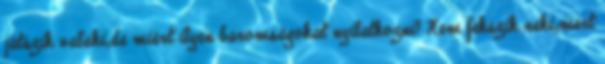
játszik valaki,de miért ilyen baromságokat nyilatkozni? Nem fekszik neki,mert